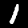
Label: 1